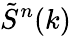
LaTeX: \tilde{S}^{n}(k)